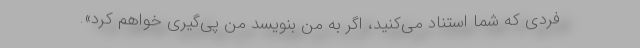
فردی که شما استناد می‌کنید، اگر به من بنویسد من پی‌گیری خواهم کرد».